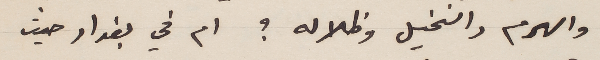
والهرم والنخيل وظلاله؟ ام في بغداد حيث